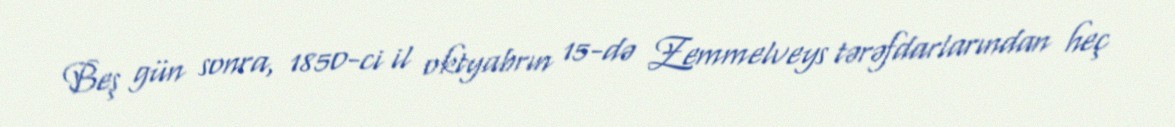
Beş gün sonra, 1850-ci il oktyabrın 15-də Zemmelveys tərəfdarlarından heç